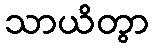
သာယိတွာ